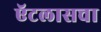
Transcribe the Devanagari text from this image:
ऍटलासचा